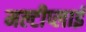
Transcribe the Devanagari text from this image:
मल्टीप्लाई